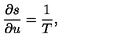
\frac { \partial s } { \partial u } = \frac { 1 } { T } ,